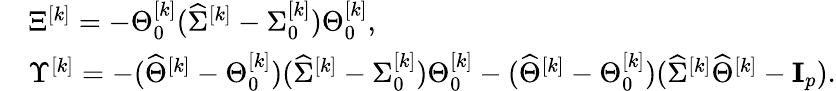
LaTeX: \begin{array}{rl}&{\Xi^{[k]}=-\Theta_{0}^{[k]}(\widehat{\Sigma}^{[k]}-\Sigma_{0}^{[k]})\Theta_{0}^{[k]},}\\ &{\Upsilon^{[k]}=-(\widehat{\Theta}^{[k]}-\Theta_{0}^{[k]})(\widehat{\Sigma}^{[k]}-\Sigma_{0}^{[k]})\Theta_{0}^{[k]}-(\widehat{\Theta}^{[k]}-\Theta_{0}^{[k]})(\widehat{\Sigma}^{[k]}\widehat{\Theta}^{[k]}-{\mathbf I}_{p}).}\end{array}